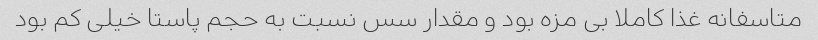
متاسفانه غذا کاملا بی مزه بود و مقدار سس نسبت به حجم پاستا خیلی کم بود